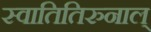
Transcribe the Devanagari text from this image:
स्वातितिरुनाल्